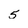
Character: 5